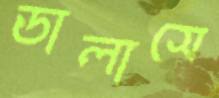
ডালাসে